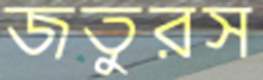
জতুরস